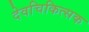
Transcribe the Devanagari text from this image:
देवचिकित्सक